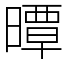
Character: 曋